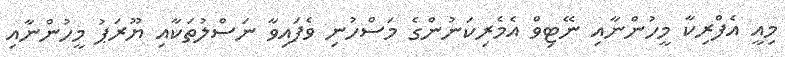
މިއީ އެފްރިކާ މީހުންނާއި ނޭޓިވް އެމެރިކަނުންގެ މަސްހުނި ވެފައިވާ ނަސްލުތަކާއި ޔޫރަޕު މީހުންނާއި